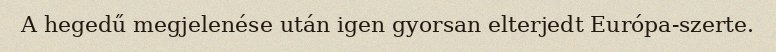
A hegedű megjelenése után igen gyorsan elterjedt Európa-szerte.